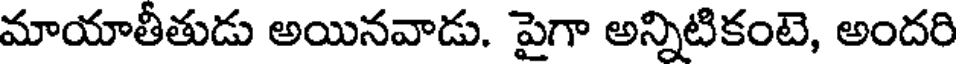
మాయాతీతుడు అయినవాడు. పైగా అన్నిటికంటె, అందరి